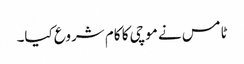
ٹامس نے موچی کا کام شروع کیا۔